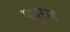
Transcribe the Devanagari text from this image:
पधराड़